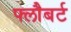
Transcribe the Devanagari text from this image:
फ्लौबर्ट